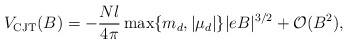
\begin{align*}V_{\rm CJT}(B)= -\frac{N l}{4\pi}\max\{m_d, |\mu_d|\}|eB|^{3/2}+{\cal O}(B^2),\end{align*}